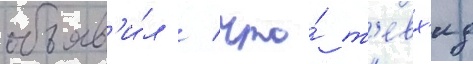
объяв'и́л / что́ т'евх'ид